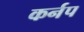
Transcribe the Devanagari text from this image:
कर्नप